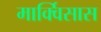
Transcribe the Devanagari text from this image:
मार्क्विसास